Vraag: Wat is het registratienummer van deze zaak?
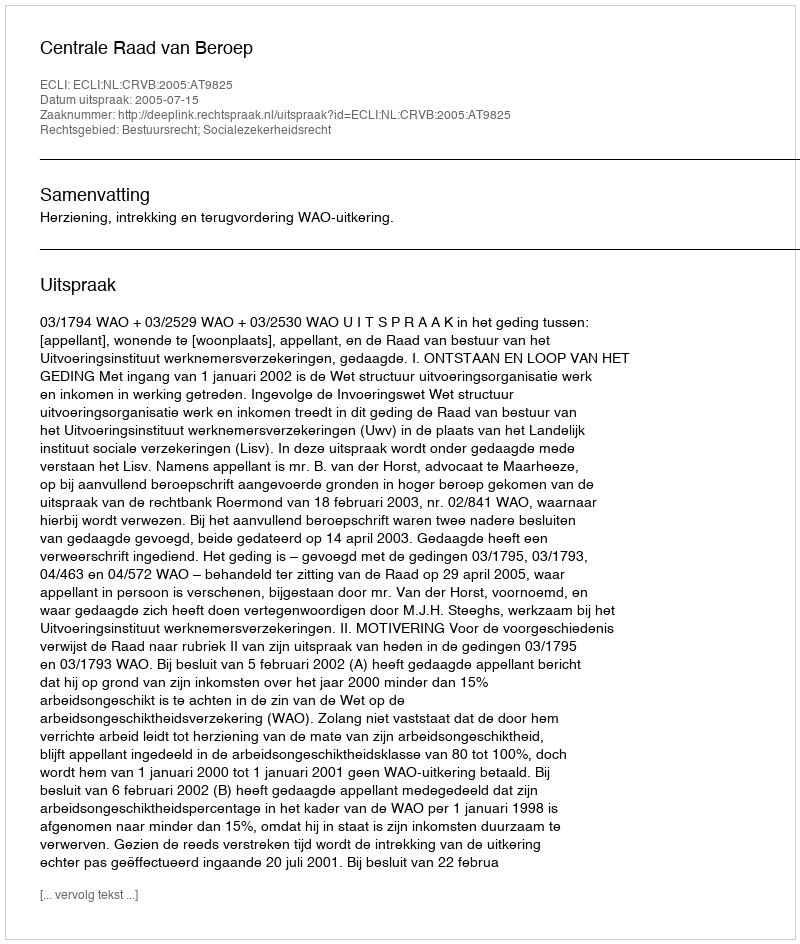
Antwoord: http://deeplink.rechtspraak.nl/uitspraak?id=ECLI:NL:CRVB:2005:AT9825